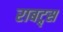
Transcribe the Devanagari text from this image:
राबट्र्स